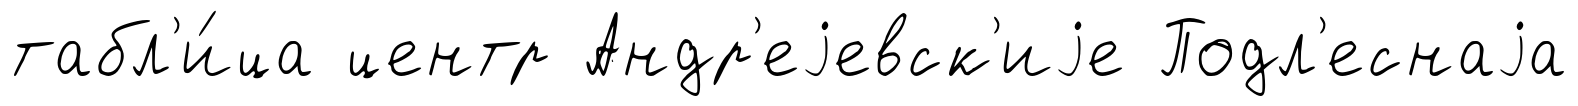
табл'и́ца центр Андр'еjевск'иjе Подл'еснаjа